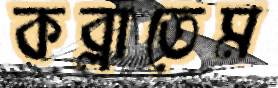
কব্‌লাতেম